Report of veterinary surgeon J.H. Steel, A.V.D., on his investigation into an obscure and fatal disease among transport mules in British Burma
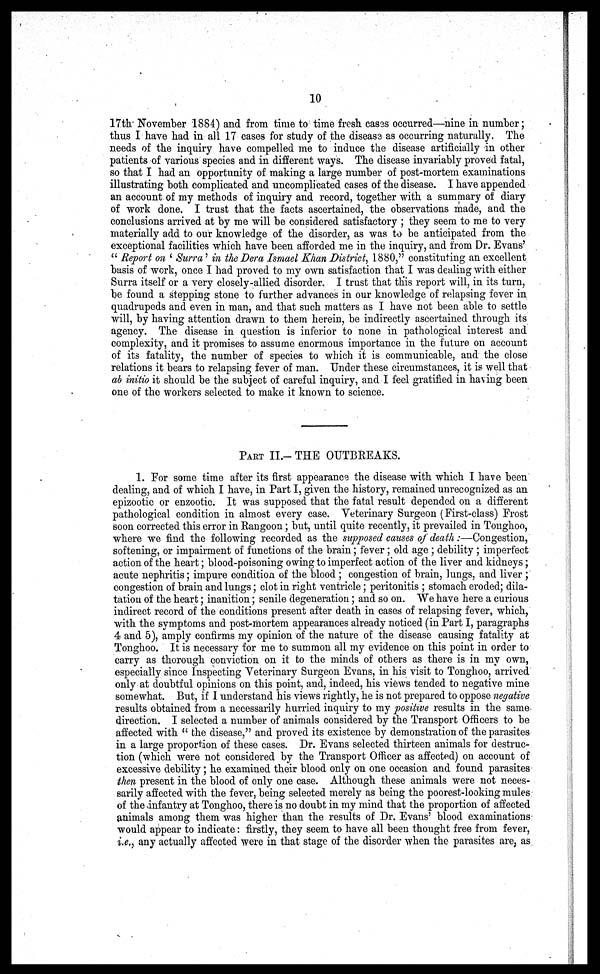
10
17th November 1884) and from time to time fresh cases occurred—nine in number ;
thus I have had in all 17 cases for study of the disease as occurring naturally. The
needs of the inquiry have compelled me to induce the disease artificially in other
patients of various species and in different ways. The disease invariably proved fatal,
so that I had an opportunity of making a large number of post-mortem examinations
illustrating both complicated and uncomplicated cases of the disease. I have appended
an account of my methods of inquiry and record, together with a summary of diary
of work done. I trust that the facts ascertained, the observations made, and the
conclusions arrived at by me will be considered satisfactory ; they seem to me to very
materially add to our knowledge of the disorder, as was to be anticipated from the
exceptional facilities which have been afforded me in the inquiry, and from Dr. Evans'
" Report on ' Surra' in the Dera Ismael Khan District, 1880," constituting an excellent
basis of work, once I had proved to my own satisfaction that I was dealing with either
Surra itself or a very closely-allied disorder. I trust that this report will, in its turn,
be found a stepping stone to further advances in our knowledge of relapsing fever in
quadrupeds and even in man, and that such matters as I have not been able to settle
will, by having attention drawn to them herein, be indirectly ascertained through its
agency. The disease in question is inferior to none in pathological interest and
complexity, and it promises to assume enormous importance in the future on account
of its fatality, the number of species to which it is communicable, and the close
relations it bears to relapsing fever of man. Under these circumstances, it is well that
ab initio it should be the subject of careful inquiry, and I feel gratified in having been
one of the workers selected to make it known to science.
PART II.- THE OUTBREAKS.
1. For some time after its first appearance the disease with which I have been
dealing, and of which I have, in Part I, given the history, remained unrecognized as an
epizootic or enzootic. It was supposed that the fatal result depended on a different
pathological condition in almost every case. Veterinary Surgeon (First-class) Frost
soon corrected this error in Rangoon; but, until quite recently, it prevailed in Tonghoo,
where we find the following recorded as the supposed causes of death :—Congestion,
softening, or impairment of functions of the brain; fever ; old age ; debility ; imperfect
action of the heart ; blood-poisoning owing to imperfect action of the liver and kidneys;
acute nephritis ; impure condition of the blood ; congestion of brain, lungs, and liver ;
congestion of brain and lungs ; clot in right ventricle; peritonitis ; stomach eroded; dila-
tation of the heart ; inanition ; senile degeneration ; and so on. We have here a curious
indirect record of the conditions present after death in cases of relapsing fever, which,
with the symptoms and post-mortem appearances already noticed (in Part I, paragraphs
4 and 5), amply confirms my opinion of the nature of the disease causing fatality at
Tonghoo. It is necessary for me to summon all my evidence on this point in order to
carry as thorough conviction on it to the minds of others as there is in my own,
especially since Inspecting Veterinary Surgeon Evans, in his visit to Tonghoo, arrived
only at doubtful opinions on this point, and, indeed, his views tended to negative mine
somewhat. But, if I understand his views rightly, he is not prepared to oppose negative
results obtained from a necessarily hurried inquiry to my positive results in the same
direction. I selected a number of animals considered by the Transport Officers to be
affected with " the disease," and proved its existence by demonstration of the parasites
in a large proportion of these cases. Dr. Evans selected thirteen animals for destruc-
tion (which were not considered by the Transport Officer as affected) on account of
excessive debility; he examined their blood only on one occasion and found parasites
then present in the blood of only one case. Although these animals were not neces-
sarily affected with the fever, being selected merely as being the poorest-looking mules
of the infantry at Tonghoo, there is no doubt in my mind that the proportion of affected
animals among them was higher than the results of Dr. Evans' blood examinations
would appear to indicate : firstly, they seem to have all been thought free from fever,
i.e., any actually affected were in that stage of the disorder when the parasites are, as